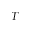
T